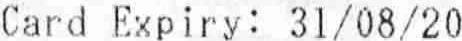
CARD EXPIRY: 31/08/20